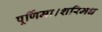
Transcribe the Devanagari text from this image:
पूर्णिमा।शरिमध